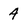
Character: 4